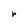
Character: r